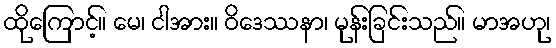
ထိုကြောင့်။ မေ၊ ငါအား။ ဝိဒေဿနာ၊ မုန်းခြင်းသည်။ မာအဟု၊